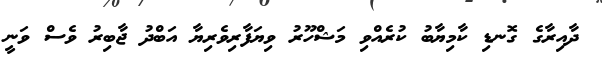
ދާއިރާގެ ގޮނޑި ކާމިޔާބު ކުރެއްވި މަޝްހޫރު ވިޔަފާރިވެރިޔާ އަބްދު ޖާބިރު ވެސް ވަނީ